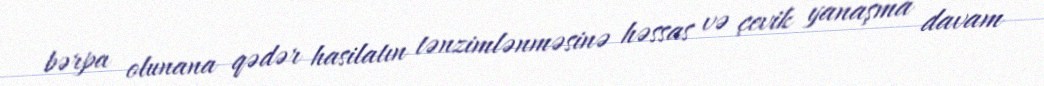
bərpa olunana qədər hasilatın tənzimlənməsinə həssas və çevik yanaşma davam